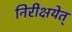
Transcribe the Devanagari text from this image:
निरीक्षयेत्